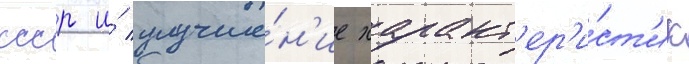
ссср и́ улучше́н'ие характ'ер'и́ст'ик